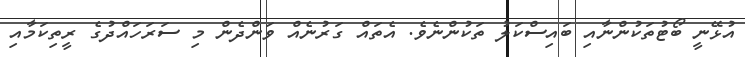
އުޅޭނީ ބޯޓުތަކުންނާއި ބައިސްކަލު ތަކުންނެވެ. އެތައް ގަރުނެއް ވަންދެން މި ސަރަހައްދުގެ ރީތިކަމާއި